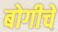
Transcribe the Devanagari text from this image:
बोगीचे